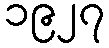
၁၉၂၇